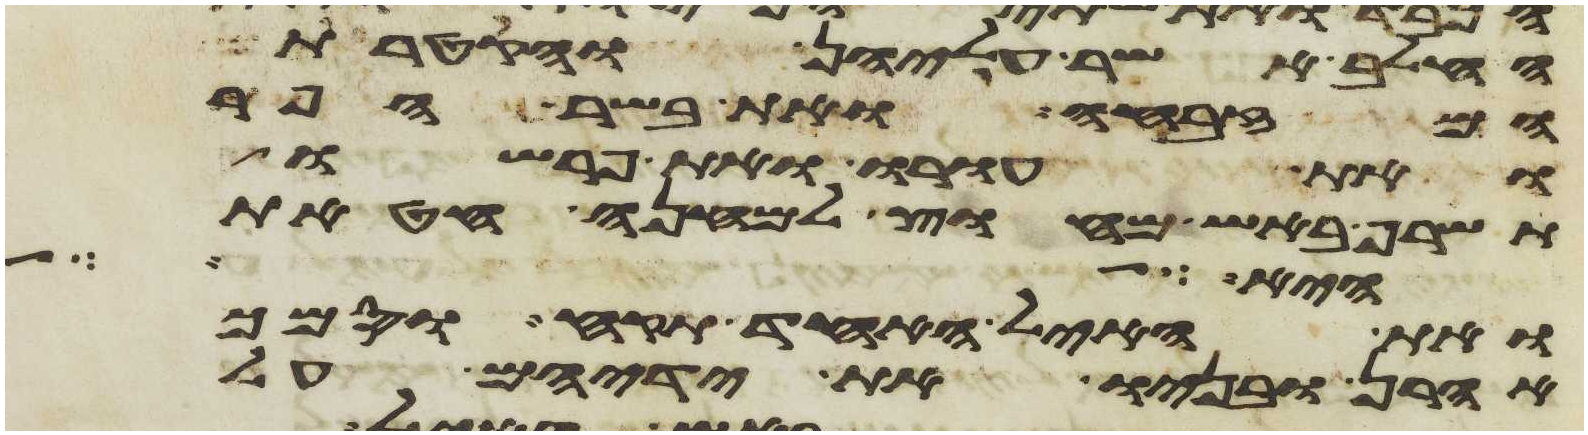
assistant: החלב אשר עליהן והקטרת
המזבחה ואת בשר הפר
ואת עורו ואת פרשו
תשרף באש מחוץ למחנה חטאת
והביא על
ואת האיל האחד תקח וסמך
אהרן ובניו את ידיהם על